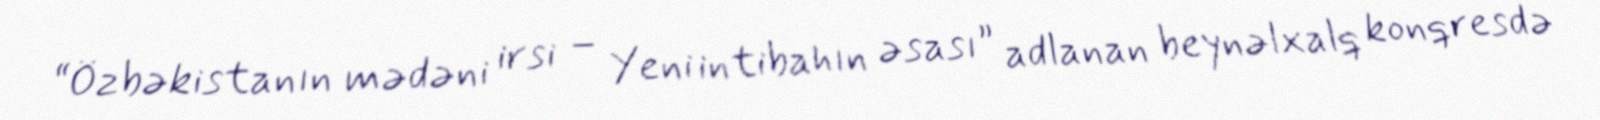
“Özbəkistanın mədəni irsi – Yeni intibahın əsası” adlanan beynəlxalq konqresdə